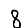
Digit: 8